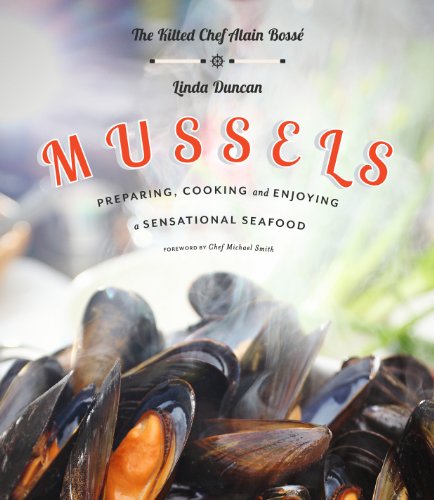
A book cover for Mussels: Preparing, Cooking and Enjoying a Sensational Seafood; Chef Alain Bosse; Cookbooks, Food & Wine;